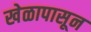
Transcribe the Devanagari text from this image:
खेळापासून